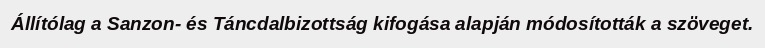
Állítólag a Sanzon- és Táncdalbizottság kifogása alapján módosították a szöveget.